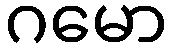
ဂမော